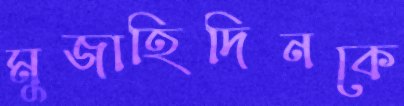
মুজাহিদিনকে